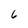
Character: 6